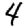
Digit: 4